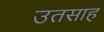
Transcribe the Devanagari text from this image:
उतसाह